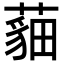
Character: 𦻿